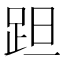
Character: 𨀏